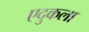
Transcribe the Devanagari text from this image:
एदुकला